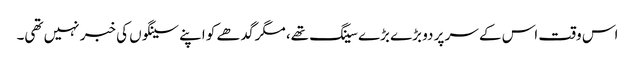
اس وقت اس کے سر پر دو بڑے بڑے سینگ تھے، مگر گدھے کو اپنے سینگوں کی خبر نہیں تھی۔